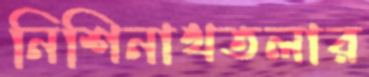
নিশিনাথতলার